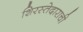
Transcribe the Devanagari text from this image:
शिरस्तेदाराची